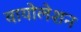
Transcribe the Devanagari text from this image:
वायोलेशन